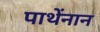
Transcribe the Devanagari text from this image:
पाथेंनान